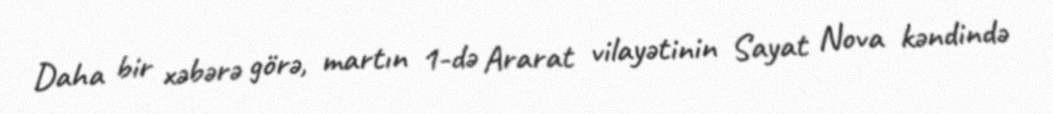
Daha bir xəbərə görə, martın 1-də Ararat vilayətinin Sayat Nova kəndində